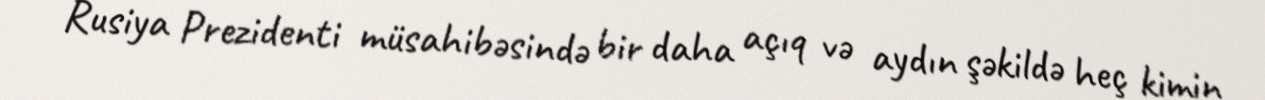
Rusiya Prezidenti müsahibəsində bir daha açıq və aydın şəkildə heç kimin